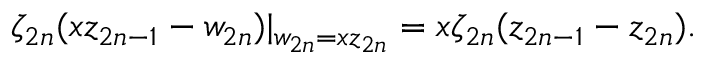
\zeta _ { 2 n } ( x z _ { 2 n - 1 } - w _ { 2 n } ) | _ { w _ { 2 n } = x z _ { 2 n } } = x \zeta _ { 2 n } ( z _ { 2 n - 1 } - z _ { 2 n } ) .